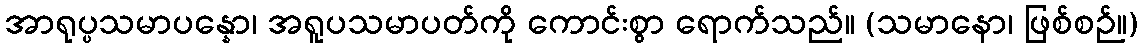
အာရုပ္ပသမာပန္နော၊ အရူပသမာပတ်ကို ကောင်းစွာ ရောက်သည်။ (သမာနော၊ ဖြစ်စဉ်။)